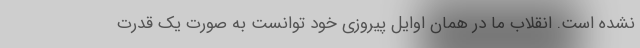
نشده است. انقلاب ما در همان اوایل پیروزی خود توانست به صورت یک قدرت